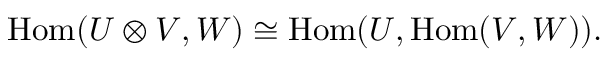
\mathrm { H o m } ( U \otimes V , W ) \cong \mathrm { H o m } ( U , \mathrm { H o m } ( V , W ) ) .